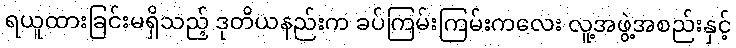
ရယူထားခြင်းမရှိသည့် ဒုတိယနည်းက ခပ်ကြမ်းကြမ်းကလေး လူ့အဖွဲ့အစည်းနှင့်